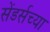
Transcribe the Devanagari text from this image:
सेंडर्सच्या